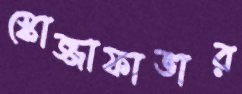
স্কোজ্জাফাভার